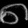
Digit: ၈